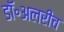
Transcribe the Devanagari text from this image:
डॉ॰अलरीच